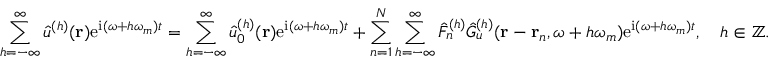
\sum _ { h = - \infty } ^ { \infty } \hat { u } ^ { ( h ) } ( \mathbf { r } ) \mathrm { e } ^ { \mathrm { i } ( \omega + h \omega _ { m } ) t } = \sum _ { h = - \infty } ^ { \infty } \hat { u } _ { 0 } ^ { ( h ) } ( \mathbf { r } ) \mathrm { e } ^ { \mathrm { i } ( \omega + h \omega _ { m } ) t } + \sum _ { n = 1 } ^ { N } \sum _ { h = - \infty } ^ { \infty } \hat { F } _ { n } ^ { ( h ) } \hat { G } _ { u } ^ { ( h ) } ( \mathbf { r } - \mathbf { r } _ { n } , \omega + h \omega _ { m } ) \mathrm { e } ^ { \mathrm { i } ( \omega + h \omega _ { m } ) t } , \quad h \in \mathbb { Z } .